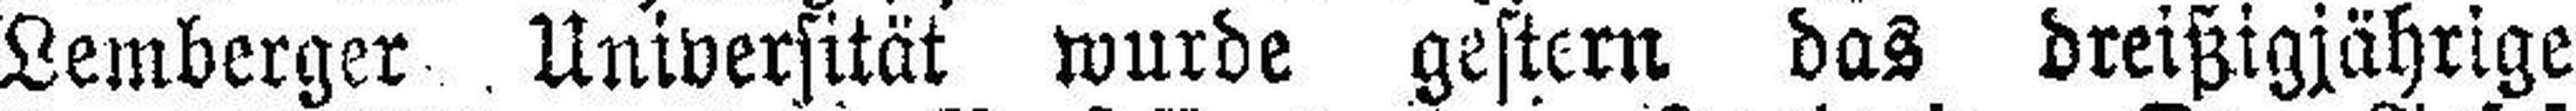
Lemberger Universität wurde gestern das dreißigjährige